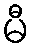
မီ